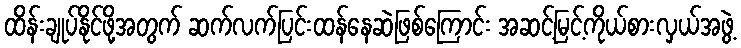
ထိန်းချုပ်နိုင်ဖို့အတွက် ဆက်လက်ပြင်းထန်နေဆဲဖြစ်ကြောင်း အဆင့်မြင့်ကိုယ်စားလှယ်အဖွဲ့